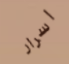
اسرار